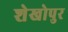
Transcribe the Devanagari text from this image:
शेखोपुर